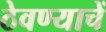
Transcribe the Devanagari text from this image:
ठेवण्याचें